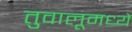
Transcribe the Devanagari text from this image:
तुवालूमध्ये